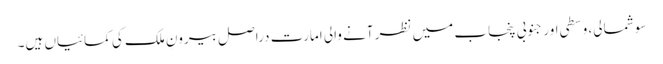
سو شمالی، وسطی اور جنوبی پنجاب میں نظر آنے والی امارت دراصل بیرونِ ملک کی کمائیاں ہیں۔